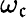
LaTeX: \omega_{\mathfrak{c}}